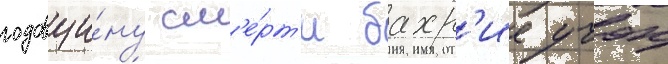
годовщи́ну см'е́рт'и бахр'ие учок